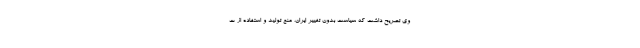
وی تصریح داشت که سیاست بدون تغییر ایران، منع تولید و استفاده از ت